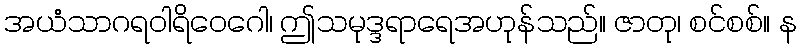
အယံသာဂရဝါရိဝေဂေါ၊ ဤသမုဒ္ဒရာရေအဟုန်သည်။ ဇာတု၊ စင်စစ်။ န